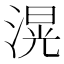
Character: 滉